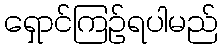
ရှောင်ကြဉ်ရပါမည်